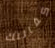
كفالتك